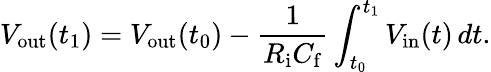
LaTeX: V_{\mathrm{out}}(t_{1})=V_{\mathrm{out}}(t_{0})-{\frac{1}{R_{\mathrm{i}}C_{\mathrm{f}}}}\int_{t_{0}}^{t_{1}}V_{\mathrm{in}}(t)\, dt.